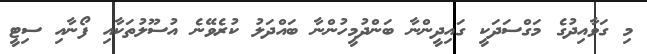
މި ގަވާއިދުގެ މަގްސަދަކީ ގައިދީންނާ ބަންދުމީހުންނާ ބައްދަލު ކުރެވޭނެ އުސޫލުތަކާއި ފޯނާއި ސިޓީ